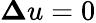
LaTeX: \boldsymbol{\Delta}u=0